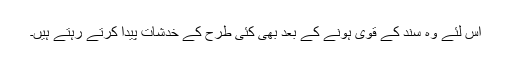
اس لئے وہ سند کے قوی ہونے کے بعد بھی کئی طرح کے خدشات پیدا کرتے رہتے ہیں۔